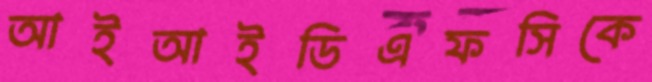
আইআইডিএফসিকে